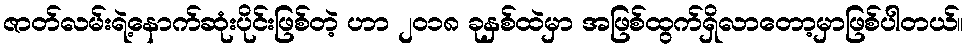
ဇာတ်လမ်းရဲ့နောက်ဆုံးပိုင်းဖြစ်တဲ့ ဟာ ၂၀၁၈ ခုနှစ်ထဲမှာ အဖြစ်ထွက်ရှိလာတော့မှာဖြစ်ပါတယ်။